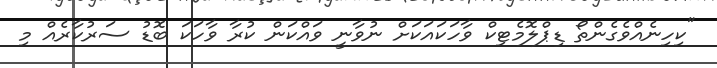
"ކިހިނެއްވެގެންތޯ ޑިޕްލޮމެޓިކް ވާހަކައަކަށް ނުވާނީ ވައްކަން ކުރާ ވާހަކަ ބޮޑު ސަރުކާރެއް މި